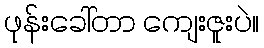
ဖုန်းခေါ်တာ ကျေးဇူးပဲ။